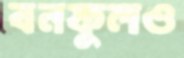
বনফুলও